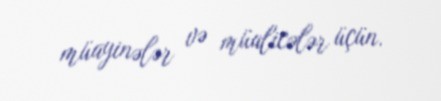
müayinələr və müalicələr üçün.